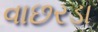
વાછરડા